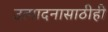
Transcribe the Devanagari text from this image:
उत्पादनासाठीही